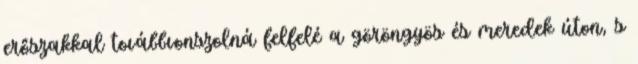
erőszakkal továbbvonszolná felfelé a göröngyös és meredek úton, s